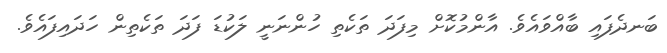
ބަނދެފައި ބާއްވައެވެ. އާންމުކޮށް މިފަދަ ތަކެތި ހުންނަނީ ލަކުޑަ ފަދަ ތަކެތިން ހަދައިފައެވެ.